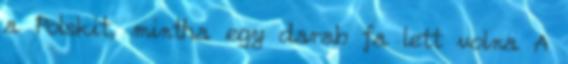
a Polskit, mintha egy darab fa lett volna A